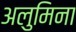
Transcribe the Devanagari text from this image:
अलुमिना